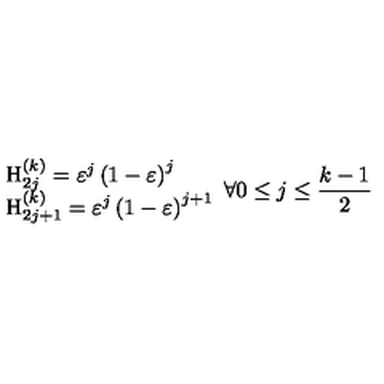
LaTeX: \begin{array} { l } { \mathrm { H } _ { 2 j } ^ { \left( k \right) } = \varepsilon ^ { j } \left( 1 - \varepsilon \right) ^ { j } } \\ { \mathrm { H } _ { 2 j + 1 } ^ { \left( k \right) } = \varepsilon ^ { j } \left( 1 - \varepsilon \right) ^ { j + 1 } } \\ \end{array} \forall 0 \leq j \leq \frac { k - 1 } 2